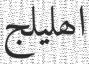
اھليلج